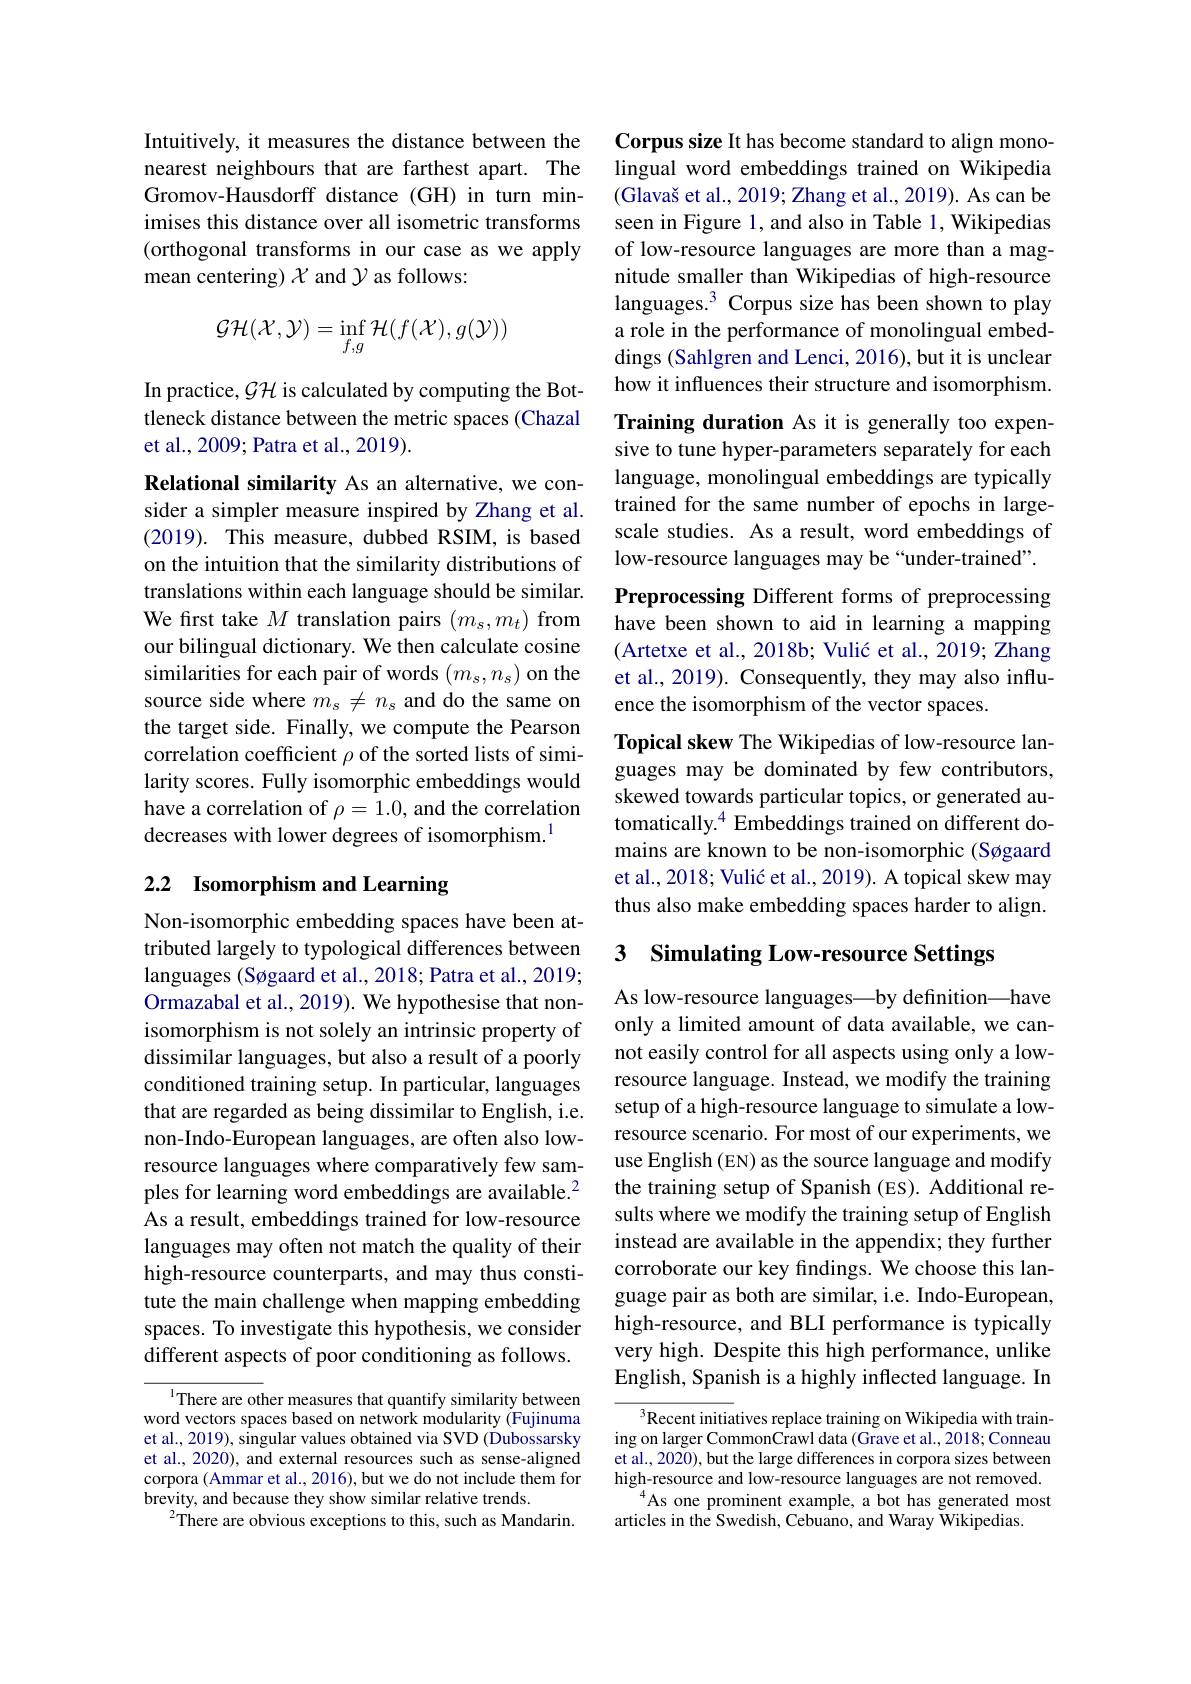
Intuitively, it measures the distance between the nearest neighbours that are farthest apart. The Gromov-Hausdorff distance (GH) in turn minimises this distance over all isometric transforms (orthogonal transforms in our case as we apply mean centering) $\chi$ and $\gamma$ as follows:
$$\mathcal{GH}(\mathcal{X},\mathcal{Y})=\inf_{f,g}\mathcal{H}(f(\mathcal{X}),g(\mathcal{Y}))$$
In practice, $\mathcal{GH}$ is calculated by computing the Bottleneck distance between the metric spaces (Chazal et al., 2009; Patra et al., 2019).

Relational similarity As an alternative, we consider a simpler measure inspired by Zhang et al. (2019). This measure, dubbed RSIM, is based on the intuition that the similarity distributions of translations within each language should be similar. We first take $M$ translation pairs $(m_s,m_t)$ from our bilingual dictionary. We then calculate cosine similarities for each pair of words $(m_s,n_s)$ on the source side where $m_s\neq n_s$ and do the same on the target side. Finally, we compute the Pearson correlation coefficient $\rho$ of the sorted lists of similarity scores. Fully isomorphic embeddings would have a correlation of $\rho=1.0$, and the correlation decreases with lower degrees of isomorphism.

# 2.2 Isomorphism and Learning

Non-isomorphic embedding spaces have been attributed largely to typological differences between languages (Søgaard et al., 2018; Patra et al., 2019; Ormazabal et al., 2019). We hypothesise that nonisomorphism is not solely an intrinsic property of dissimilar languages, but also a result of a poorly conditioned training setup. In particular, languages that are regarded as being dissimilar to English, i.e. non-Indo-European languages, are often also lowresource languages where comparatively few samples for learning word embeddings are available.$^2$ As a result, embeddings trained for low-resource languages may often not match the quality of their high-resource counterparts, and may thus constitute the main challenge when mapping embedding spaces. To investigate this hypothesis, we consider different aspects of poor conditioning as follows.

$^{1}$There are other measures that quantify similarity between word vectors spaces based on network modularity (Fujinuma et al., 2019), singular values obtained via SVD (Dubossarsky et al., 2020), and external resources such as sense-aligned corpora (Ammar et al., 2016), but we do not include them for brevity, and because they show similar relative trends.
$^{2}$There are obvious exceptions to this, such as Mandarin.

Corpus size It has become standard to align monolingual word embeddings trained on Wikipedia $( \text{Glava\v {s}etal. , 2019; Zhangetal. , 2019) . Ascanbe}$ seen in Figure 1, and also in Table 1, Wikipedias of low-resource languages are more than a magnitude smaller than Wikipedias of high-resource languages.$^{3}$ Corpus size has been shown to play a role in the performance of monolingual embeddings (Sahlgren and Lenci, 2016), but it is unclear how it influences their structure and isomorphism.

Training duration As it is generally too expensive to tune hyper-parameters separately for each language, monolingual embeddings are typically trained for the same number of epochs in largescale studies. As a result, word embeddings of low-resource languages may be“under-trained”.

Preprocessing Different forms of preprocessing have been shown to aid in learning a mapping (Artetxe et al., 2018b; Vulić et al., 2019; Zhang et al., 2019). Consequently, they may also influ-

ence the isomorphism of the vector spaces.
Topical skew The Wikipedias of low-resource languages may be dominated by few contributors, skewed towards particular topics, or generated automatically.$^{4}$ Embeddings trained on different domains are known to be non-isomorphic (Søgaard et al., 2018; Vulić et al., 2019). A topical skew may thus also make embedding spaces harder to align.

3 Simulating Low-resource Settings

As low-resource languages—by definition—have only a limited amount of data available, we cannot easily control for all aspects using only a lowresource language. Instead, we modify the training setup of a high-resource language to simulate a lowresource scenario. For most of our experiments, we use English (EN) as the source language and modify the training setup of Spanish (ES). Additional results where we modify the training setup of English instead are available in the appendix; they further corroborate our key findings. We choose this language pair as both are similar, i.e. Indo-European, high-resource, and BLI performance is typically very high. Despite this high performance, unlike English, Spanish is a highly inflected language. In

$\overline{{^3\text{Recent initia}}}$tives replace training on Wikipedia with training on larger Common$\dot\text{Crawl data(Grave et al.,2018;Conneau}$ et al., 2020), but the large differences in corpora sizes between high-resource and low-resource languages are not removed.
$^{4}$As one prominent example, a bot has generated most
articles in the Swedish, Cebuano, and Waray Wikipedias.